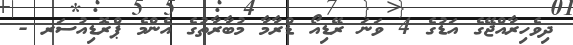
ދިވެހިރާއްޖޭގެ އަޑުގެ 4 ވަނަ ރޭޑިއޯ ޑްރާމާ މުބާރާތުގެ އެންމެ ޕްރޮޑިއުސަރ -